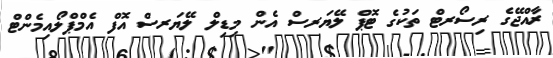
ރާއްޖޭގެ ރިސޯރޓް ތަކުގެ ޓޮޕް ލޭޔަރސް އެން މިޑިލް ލޭޔަރސް އޮފް އެމްޕްލޯއިމެންޓް